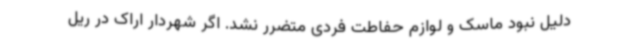
دلیل نبود ماسک و لوازم حفاطت فردی متضرر نشد. اگر شهردار اراک در ریل